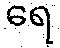
ရေ